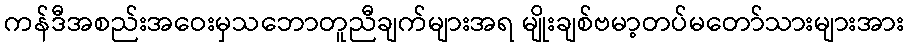
ကန်ဒီအစည်းအဝေးမှသဘောတူညီချက်များအရ မျိုးချစ်ဗမာ့တပ်မတော်သားများအား